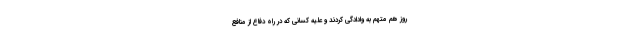
روز هم متهم به وادادگی کردند و علیه کسانی که در راه دفاع از منافع